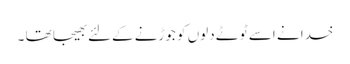
خدا نے اسے ٹوٹے دلوں کو جوڑنے کےلئے بھیجا تھا ۔